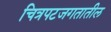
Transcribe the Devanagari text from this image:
चित्रपटजगतातील